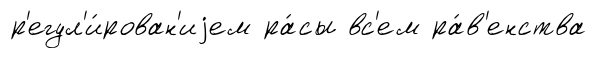
р'егул'и́рован'иjем ра́сы вс'ем ра́в'енства